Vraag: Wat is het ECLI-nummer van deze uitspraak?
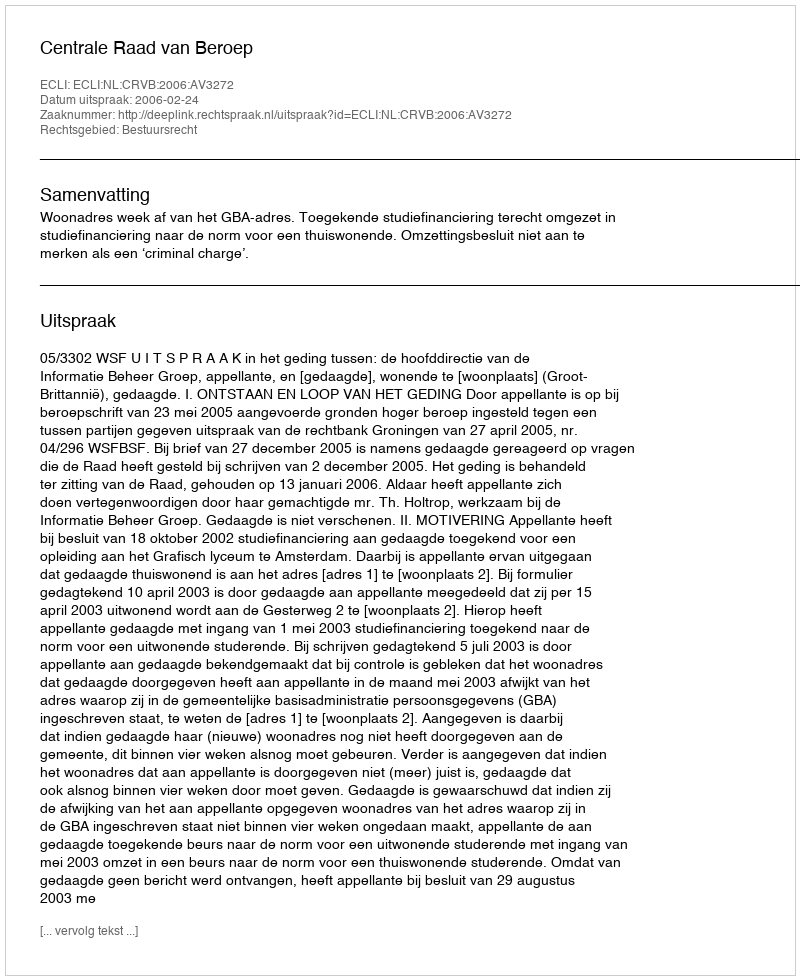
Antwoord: ECLI:NL:CRVB:2006:AV3272